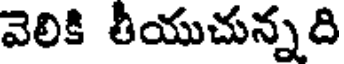
వెలికి తీయుచున్నది